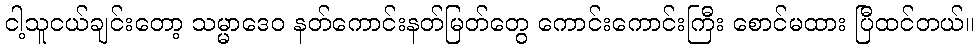
ငါ့သူငယ်ချင်းတော့ သမ္မာဒေဝ နတ်ကောင်းနတ်မြတ်တွေ ကောင်းကောင်းကြီး စောင်မထား ပြီထင်တယ်။